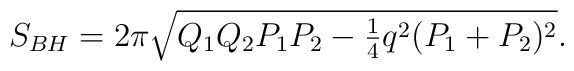
S_{BH}= 2\pi\sqrt{Q_1Q_2P_1P_2-{\textstyle{1\over 4}}q^2(P_1+P_2)^2}.